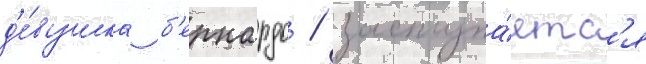
д'е́вушка б'ернардо / заступа́етс'я